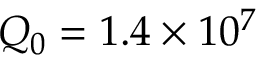
Q _ { 0 } = 1 . 4 \times 1 0 ^ { 7 }